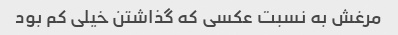
مرغش به نسبت عکسی که گذاشتن خیلی کم بود